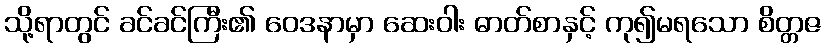
သို့ရာတွင် ခင်ခင်ကြီး၏ ဝေဒနာမှာ ဆေးဝါး ဓာတ်စာနှင့် ကု၍မရသော စိတ္တဇ